Lunatic asylums United Prov. 1922-30 - 1922-1930
Year: 1922
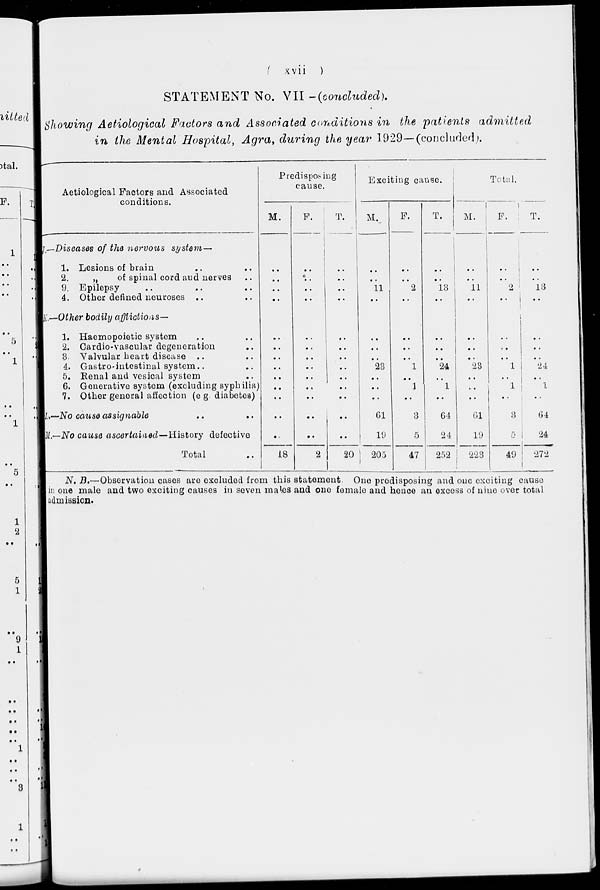
( xvii )
STATEMENT No. VII -(concluded).
Showing Aetiological Factors and Associated conditions in the patients
admitted
in the Mental Hospital, Agra, during the year 1929—(concluded).
Aetiological Factors and Associated
conditions.
J.—
K.—
L.—
M.—
Diseases of the nervous
system—
1. Lesions of brain .. ..
2.
„
of spinal cord and nerves ..
3. Epilepsy .. .. ..
4. Other defined neuroses .. ..
Other bodily afflictions—
1. Haemopoietic system .. ..
2. Cardio-vascular degeneration ..
3. Valvular heart disease .. ..
4. Gastro-intestinal system .. ..
5. Renal and vesical system ..
6. Generative system (excluding syphilis)
7. Other general affection (e g. diabetes)
No cause assignable .. ..
No cause ascertained—History
defective
Total ..
Predisposing
cause.
M.
..
..
..
..
..
..
..
..
..
..
..
..
..
18
F.
..
..
..
..
..
..
..
..
..
..
..
..
..
2
T.
..
..
..
..
..
..
..
..
..
..
..
..
..
20
Exciting
cause.
M.
..
..
11
..
..
..
..
23
..
..
..
61
19
205
F.
..
..
2
..
..
..
..
1
..
1
..
3
5
47
T.
..
..
13
..
..
..
..
24
..
1
..
64
24
252
Total.
M.
..
..
11
..
..
..
..
23
..
..
..
61
19
223
F.
..
..
2
..
..
..
..
1
..
1
..
3
5
49
T.
..
..
13
..
..
..
..
24
..
1
..
64
24
272
N. B.—Observation cases are excluded from this statement. One predisposing and one exciting cause
in one male and two exciting causes in seven males and one female and hence an excess of nine over total
admission.